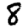
Digit: 8